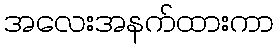
အလေးအနက်ထားကာ